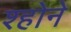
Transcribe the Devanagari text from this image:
श्होने